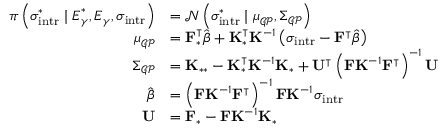
\begin{array} { r l } { \pi \left( \boldsymbol { \sigma } _ { \mathrm { i n t r } } ^ { \ast } \mid \boldsymbol { E } _ { \gamma } ^ { \ast } , \boldsymbol { E } _ { \gamma } , \boldsymbol { \sigma } _ { \mathrm { i n t r } } \right) } & { = \mathcal { N } \left( \boldsymbol { \sigma } _ { \mathrm { i n t r } } ^ { \ast } \mid \boldsymbol { \mu } _ { \mathcal { G P } } , \boldsymbol { \Sigma } _ { \mathcal { G P } } \right) } \\ { \boldsymbol { \mu } _ { \mathcal { G P } } } & { = \mathbf { F } _ { \ast } ^ { \intercal } \hat { \boldsymbol { \beta } } + \mathbf { K } _ { \ast } ^ { \intercal } \mathbf { K } ^ { - 1 } \left( \boldsymbol { \sigma } _ { \mathrm { i n t r } } - \mathbf { F } ^ { \intercal } \hat { \boldsymbol { \beta } } \right) } \\ { \boldsymbol { \Sigma } _ { \mathcal { G P } } } & { = \mathbf { K } _ { \ast \ast } - \mathbf { K } _ { \ast } ^ { \intercal } \mathbf { K } ^ { - 1 } \mathbf { K } _ { \ast } + \mathbf { U } ^ { \intercal } \left( \mathbf { F } \mathbf { K } ^ { - 1 } \mathbf { F } ^ { \intercal } \right) ^ { - 1 } \mathbf { U } } \\ { \hat { \boldsymbol { \beta } } } & { = \left( \mathbf { F } \mathbf { K } ^ { - 1 } \mathbf { F } ^ { \intercal } \right) ^ { - 1 } \mathbf { F } \mathbf { K } ^ { - 1 } \boldsymbol { \sigma } _ { \mathrm { i n t r } } } \\ { \mathbf { U } } & { = \mathbf { F } _ { \ast } - \mathbf { F } \mathbf { K } ^ { - 1 } \mathbf { K } _ { \ast } } \end{array}